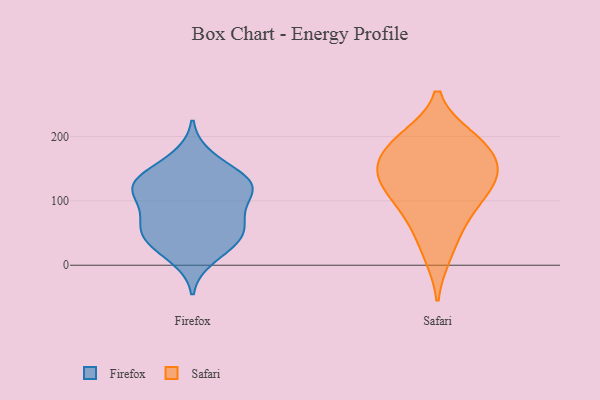
{"axis": {"x": "Backlog", "y": "Value"}, "legend": ["Firefox", "Safari"], "data": [{"x": "", "y": 60, "type": "Firefox"}, {"x": "", "y": 121, "type": "Firefox"}, {"x": "", "y": 37, "type": "Firefox"}, {"x": "", "y": 72, "type": "Firefox"}, {"x": "", "y": 128, "type": "Firefox"}, {"x": "", "y": 112, "type": "Firefox"}, {"x": "", "y": 61, "type": "Firefox"}, {"x": "", "y": 11, "type": "Firefox"}, {"x": "", "y": 128, "type": "Firefox"}, {"x": "", "y": 124, "type": "Firefox"}, {"x": "", "y": 116, "type": "Firefox"}, {"x": "", "y": 39, "type": "Firefox"}, {"x": "", "y": 168, "type": "Firefox"}, {"x": "", "y": 84, "type": "Firefox"}, {"x": "", "y": 37, "type": "Firefox"}, {"x": "", "y": 147, "type": "Firefox"}, {"x": "", "y": 197, "type": "Safari"}, {"x": "", "y": 184, "type": "Safari"}, {"x": "", "y": 17, "type": "Safari"}, {"x": "", "y": 113, "type": "Safari"}, {"x": "", "y": 164, "type": "Safari"}, {"x": "", "y": 136, "type": "Safari"}, {"x": "", "y": 119, "type": "Safari"}, {"x": "", "y": 62, "type": "Safari"}, {"x": "", "y": 153, "type": "Safari"}, {"x": "", "y": 141, "type": "Safari"}, {"x": "", "y": 198, "type": "Safari"}, {"x": "", "y": 82, "type": "Safari"}]}